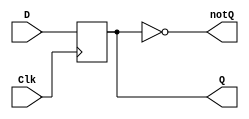
`timescale 1ns / 1ps
`default_nettype none
//D Flip-Flip behavioral

module d_flip_flop_behavioral(
	output reg Q,//yeah y'all know what this stuff does
	output wire notQ,
	input wire D,
	input wire Clk//clock is our trigger signal
);

	always@(posedge Clk)//trigger edge is the rising edge
		Q <= D; //non-blocking assignment statement
		
	assign notQ = ~Q; //regs can drive wires!
	
endmodule